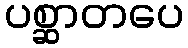
ပစ္ဆာတပေ